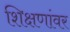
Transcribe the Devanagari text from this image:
शिक्षणांवर